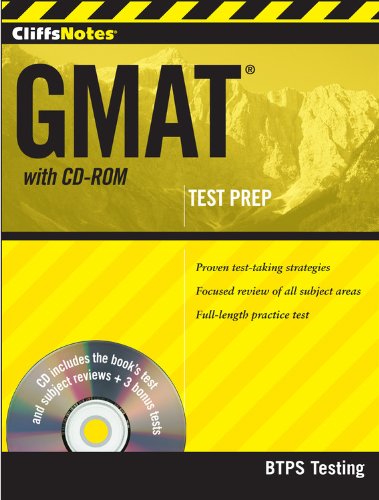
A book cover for CliffsNotes GMAT with CD-ROM; BTPS Testing; Test Preparation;